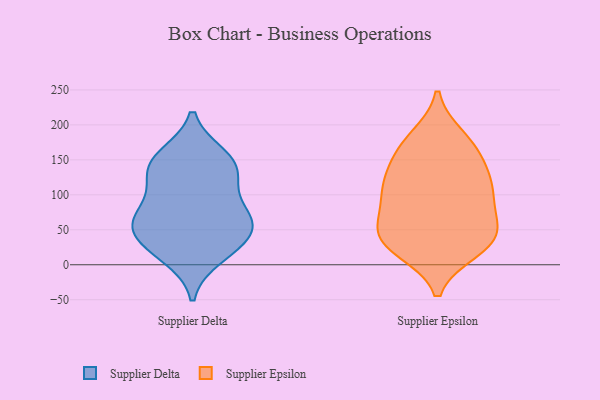
{"axis": {"x": "Conversion Rate (%)", "y": "Value"}, "legend": ["Supplier Delta", "Supplier Epsilon"], "data": [{"x": "", "y": 76, "type": "Supplier Delta"}, {"x": "", "y": 67, "type": "Supplier Delta"}, {"x": "", "y": 12, "type": "Supplier Delta"}, {"x": "", "y": 46, "type": "Supplier Delta"}, {"x": "", "y": 155, "type": "Supplier Delta"}, {"x": "", "y": 147, "type": "Supplier Delta"}, {"x": "", "y": 146, "type": "Supplier Delta"}, {"x": "", "y": 59, "type": "Supplier Delta"}, {"x": "", "y": 36, "type": "Supplier Delta"}, {"x": "", "y": 24, "type": "Supplier Delta"}, {"x": "", "y": 128, "type": "Supplier Delta"}, {"x": "", "y": 70, "type": "Supplier Delta"}, {"x": "", "y": 117, "type": "Supplier Delta"}, {"x": "", "y": 101, "type": "Supplier Epsilon"}, {"x": "", "y": 158, "type": "Supplier Epsilon"}, {"x": "", "y": 21, "type": "Supplier Epsilon"}, {"x": "", "y": 118, "type": "Supplier Epsilon"}, {"x": "", "y": 35, "type": "Supplier Epsilon"}, {"x": "", "y": 28, "type": "Supplier Epsilon"}, {"x": "", "y": 156, "type": "Supplier Epsilon"}, {"x": "", "y": 61, "type": "Supplier Epsilon"}, {"x": "", "y": 101, "type": "Supplier Epsilon"}, {"x": "", "y": 176, "type": "Supplier Epsilon"}, {"x": "", "y": 53, "type": "Supplier Epsilon"}, {"x": "", "y": 75, "type": "Supplier Epsilon"}, {"x": "", "y": 42, "type": "Supplier Epsilon"}, {"x": "", "y": 182, "type": "Supplier Epsilon"}, {"x": "", "y": 123, "type": "Supplier Epsilon"}, {"x": "", "y": 28, "type": "Supplier Epsilon"}, {"x": "", "y": 114, "type": "Supplier Epsilon"}]}